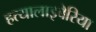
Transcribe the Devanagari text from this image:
हत्यालाइबेरिया